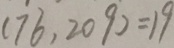
( 7 6 , 2 0 9 ) = 1 9